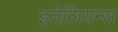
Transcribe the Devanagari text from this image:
इतेलियन्स